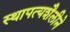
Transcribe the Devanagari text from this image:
स्थापत्यशैलीने